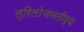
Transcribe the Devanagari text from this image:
त्रिलोचनतीर्थ